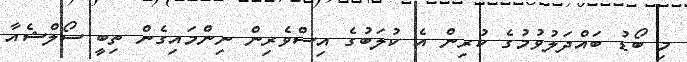
މި ބޯޑު ބައްދަލުވުމުގެ ކުރިން އެ ކުލަބުގެ އިސްވެރިން ނިންމައިގެން ތިބީ ސޯލްޝެއާ